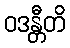
ဝဒန္တီတိ